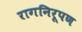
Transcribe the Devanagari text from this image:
रागनिरूपण